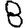
Digit: 8